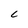
Character: C